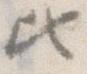
ひ